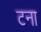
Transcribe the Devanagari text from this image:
टना